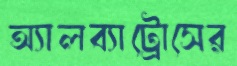
অ্যালব্যাট্রোসের